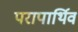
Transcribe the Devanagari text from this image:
परापार्थिव